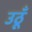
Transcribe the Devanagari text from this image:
उठूँ